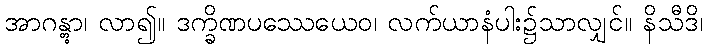
အာဂန္တွာ၊ လာ၍။ ဒက္ခိဏပဿေယေဝ၊ လက်ယာနံပါး၌သာလျှင်။ နိသီဒိ၊